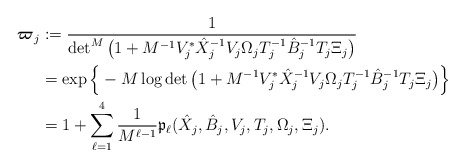
\begin{align*}\boldsymbol{\varpi}_j &:=\frac{1}{\det^{M}\big(1+M^{-1}V_j^*\hat{X}_j^{-1}V_j \Omega_jT_j^{-1}\hat{B}_j^{-1}T_j\Xi_j\big)}\\&=\exp\Big{\{} -M\log\det\big(1+M^{-1}V_j^*\hat{X}_j^{-1}V_j \Omega_jT_j^{-1}\hat{B}_j^{-1}T_j\Xi_j\big)\Big{\}}\\&= 1+\sum_{\ell=1}^4 \frac{1}{M^{\ell-1}} \mathfrak{p}_\ell(\hat{X}_j, \hat{B}_j, V_j,T_j, \Omega_j, \Xi_j).\end{align*}